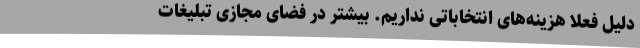
دلیل فعلاً هزینه‌های انتخاباتی نداریم. بیشتر در فضای مجازی تبلیغات